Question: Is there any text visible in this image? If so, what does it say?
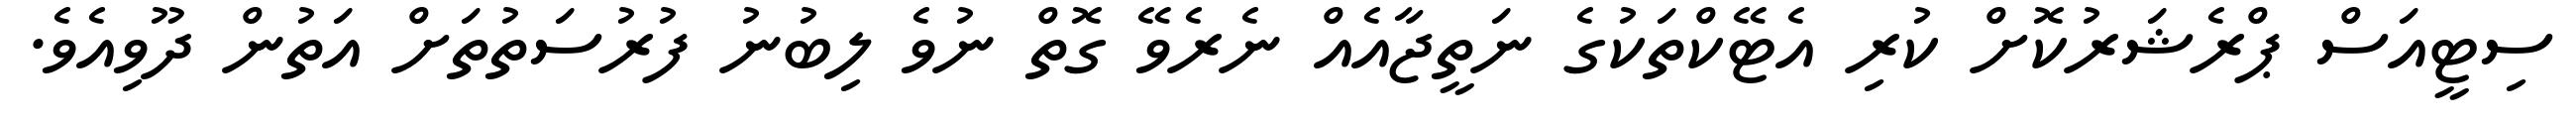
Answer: ސިޓީއަސް ޕްރެޝަރުކޮށް ކުރި އެޓޭކްތަކުގެ ނަތީޖާއެއް ނެރެވޭ ގޮތް ނުވެ ލިބުނު ފުރުސަތުތަށް އަތުން ދޫވިއެވެ.